Insane asylums in Bengal annual reports 1867-1875 - 1867-1875
Year: 1867
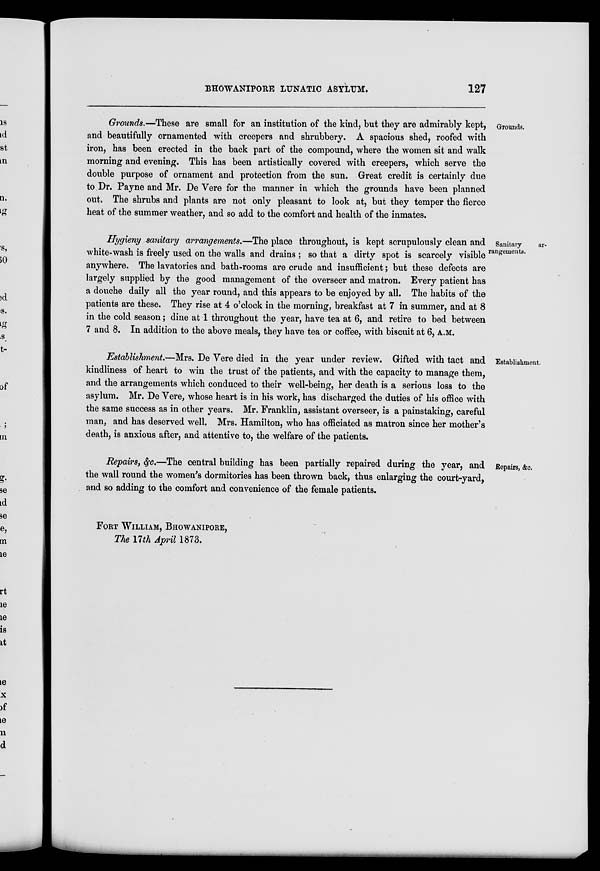
BHOWANIPORE LUNATIC ASYLUM.
127
Grounds.
Grounds.—These are small for an institution of the kind, but they are admirably kept,
and beautifully ornamented with creepers and shrubbery. A spacious shed, roofed with
iron, has been erected in the back part of the compound, where the women sit and walk
morning and evening. This has been artistically covered with creepers, which serve the
double purpose of ornament and protection from the sun. Great credit is certainly due
to Dr. Payne and Mr. De Vere for the manner in which the grounds have been planned
out. The shrubs and plants are not only pleasant to look at, but they temper the fierce
heat of the summer weather, and so add to the comfort and health of the inmates.
Sanitary
ar-
rangements.
Hygieny sanitary arrangements.—The place throughout, is kept scrupulously clean and
white-wash is freely used on the walls and drains ; so that a dirty spot is scarcely visible
anywhere. The lavatories and bath-rooms are crude and insufficient; but these defects are
largely supplied by the good management of the overseer and matron. Every patient has
a douche daily all the year round, and this appears to be enjoyed by all. The habits of the
patients are these. They rise at 4 o'clock in the morning, breakfast at 7 in summer, and at 8
in the cold season; dine at 1 throughout the year, have tea at 6, and retire to bed between
7 and 8. In addition to the above meals, they have tea or coffee, with biscuit at 6, A.M.
Establishment.
Establishment.—Mrs. De Vere died in the year under review. Gifted with tact and
kindliness of heart to win the trust of the patients, and with the capacity to manage them,
and the arrangements which conduced to their well-being, her death is a serious loss to the
asylum. Mr. De Vere, whose heart is in his work, has discharged the duties of his office with
the same success as in other years. Mr. Franklin, assistant overseer, is a painstaking, careful
man, and has deserved well. Mrs. Hamilton, who has officiated as matron since her mother's
death, is anxious after, and attentive to, the welfare of the patients.
Repairs, &c.
Repairs, &c.—The central building has been partially repaired during the year, and
the wall round the women's dormitories has been thrown back, thus enlarging the court-yard,
and so adding to the comfort and convenience of the female patients.
FORT WILLIAM, BHOWANIPORE,
The 17th April 1873.